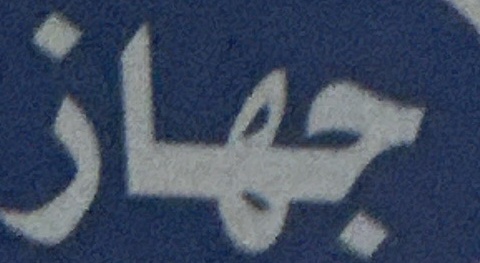
جهاز